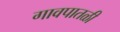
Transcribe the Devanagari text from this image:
गावपातळी